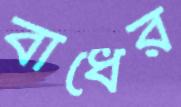
বাধের